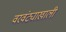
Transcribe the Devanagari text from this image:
वरवंट्याखाली